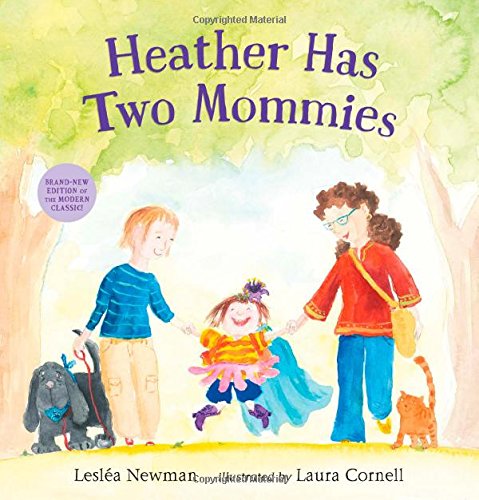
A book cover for Heather Has Two Mommies; Leslea Newman; Children's Books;